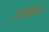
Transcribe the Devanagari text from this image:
वेणीविन्यास